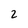
Character: 2